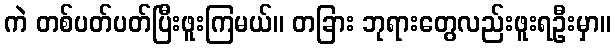
ကဲ တစ်ပတ်ပတ်ပြီးဖူးကြမယ်။ တခြား ဘုရားတွေလည်းဖူးရဦးမှာ။